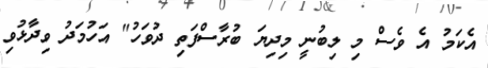
އެކަމު އެ ވެސް މި ލިބުނީ މިދިޔަ ބުރާސްފަތި ދުވަހު" އަހުމަދު ވިދާޅުވި